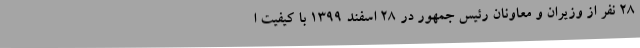
28 نفر از وزیران و معاونان رئیس جمهور در 28 اسفند 1399 با کیفیت ا